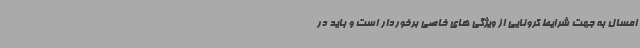
امسال به جهت شرایط کرونایی از ویژگی های خاصی برخوردار است و باید در